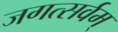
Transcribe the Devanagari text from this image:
जगत्सर्वम्